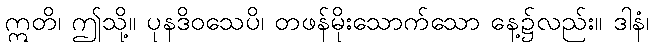
ဣတိ၊ ဤသို့။ ပုနဒိဝသေပိ၊ တဖန်မိုးသောက်သော နေ့၌လည်း။ ဒါနံ၊